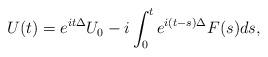
LaTeX: \begin{align*}U(t)= e^{it\Delta}U_{0}-i\int_{0}^{t}e^{i(t-s)\Delta}F(s)ds,\end{align*}